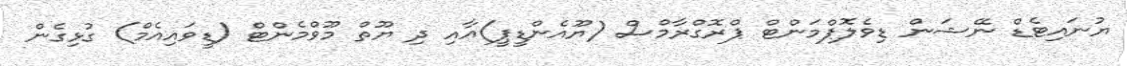
ޔުނައިޓެޑް ނޭޝަން ޑިވެލޮޕްމަންޓް ޕްރޮގްރާމްސް (ޔޫއެންޑީޕީ)އާއި ދި ޔޫތް މޫވްމެންޓް (ޑީވައިއެމް) ގުޅިގެން